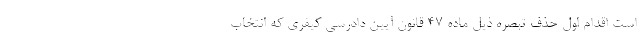
است اقدام اول حذف تبصره ذیل ماده 47 قانون آیین دادرسی کیفری که انتخاب